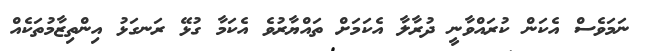
ނަމަވެސް އެކަން ކުރައްވާނީ ދުރާލާ އެކަމަށް ތައްޔާރުވެ އެކަމާ ގުޅޭ ރަނގަޅު އިންތިޒާމުތަކެއް